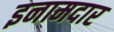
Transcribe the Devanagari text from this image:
इनामदार